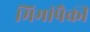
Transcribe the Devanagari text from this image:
मिमांपैकी